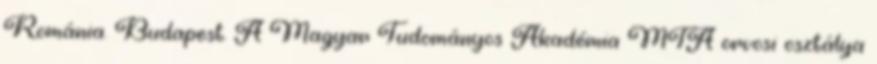
Románia. Budapest. A Magyar Tudományos Akadémia MTA orvosi osztálya